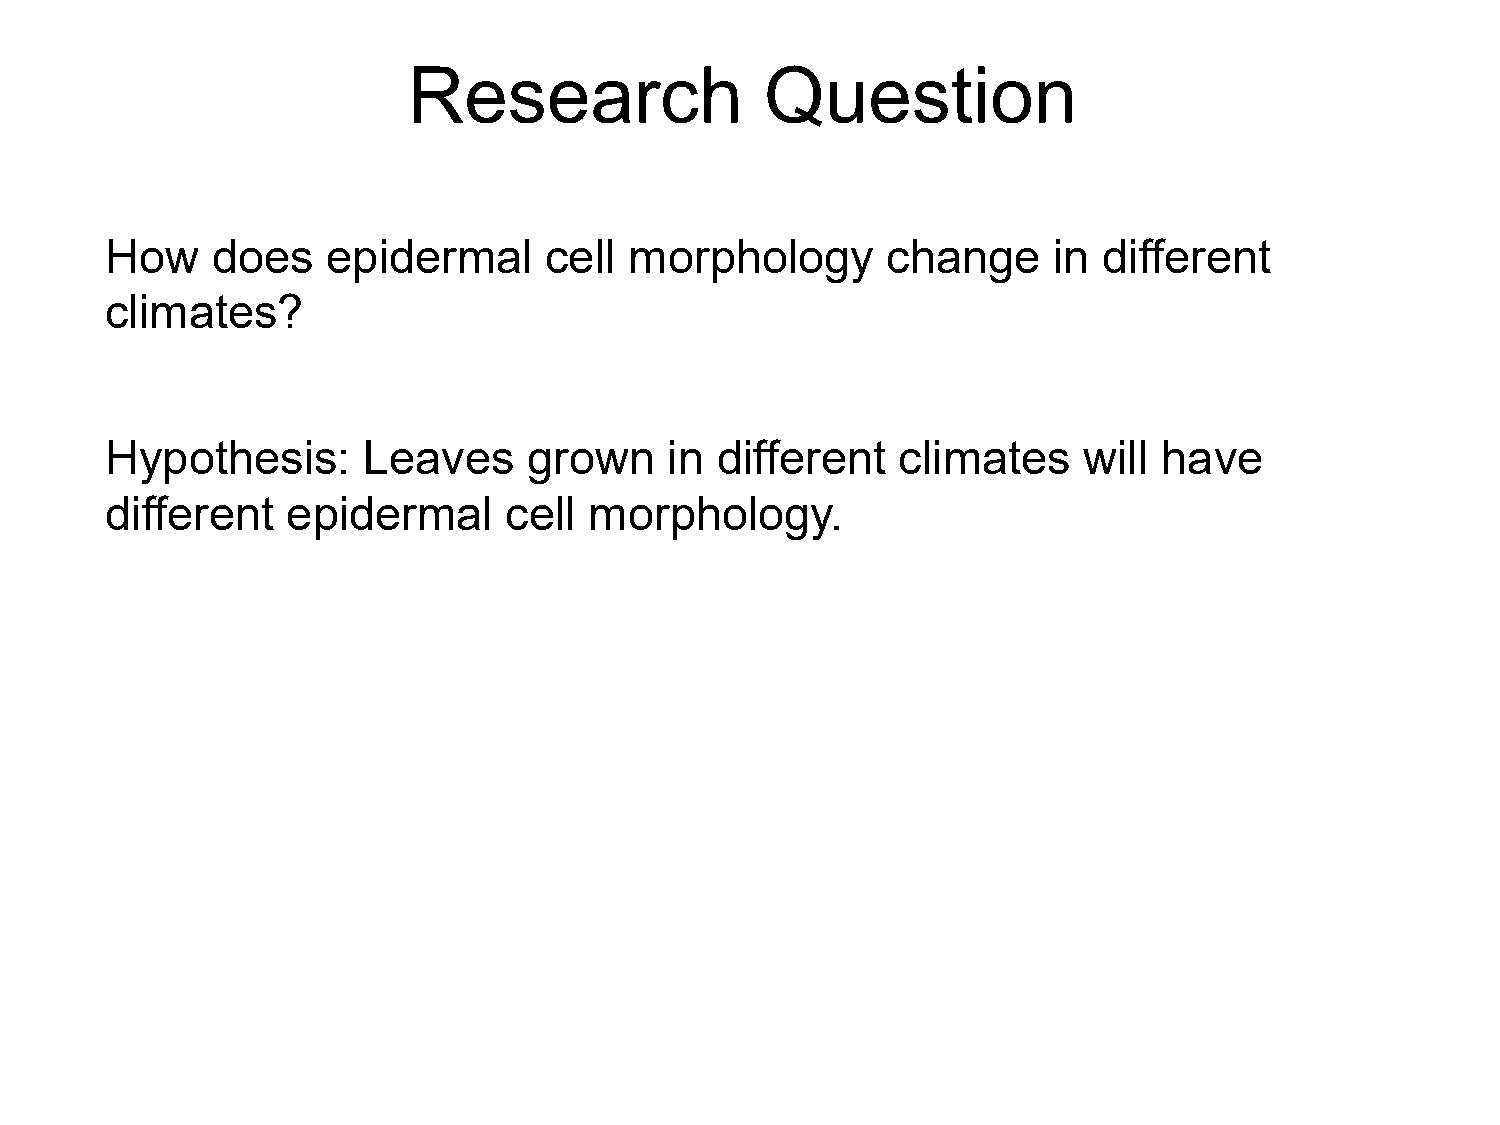
Research                Question
 How    does    epidermal     cell  morphology       change     in different
 climates?
 Hypothesis:      Leaves     grown    in different   climates     will have
 different   epidermal     cell  morpholHoygpy.othesis:      Leaves     grown    in
 different   climates    will have
 different   epidermal     cell
 morphology.